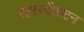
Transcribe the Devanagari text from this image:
रहस्योंघाटन